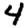
Digit: 4